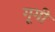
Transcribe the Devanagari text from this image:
गूगी